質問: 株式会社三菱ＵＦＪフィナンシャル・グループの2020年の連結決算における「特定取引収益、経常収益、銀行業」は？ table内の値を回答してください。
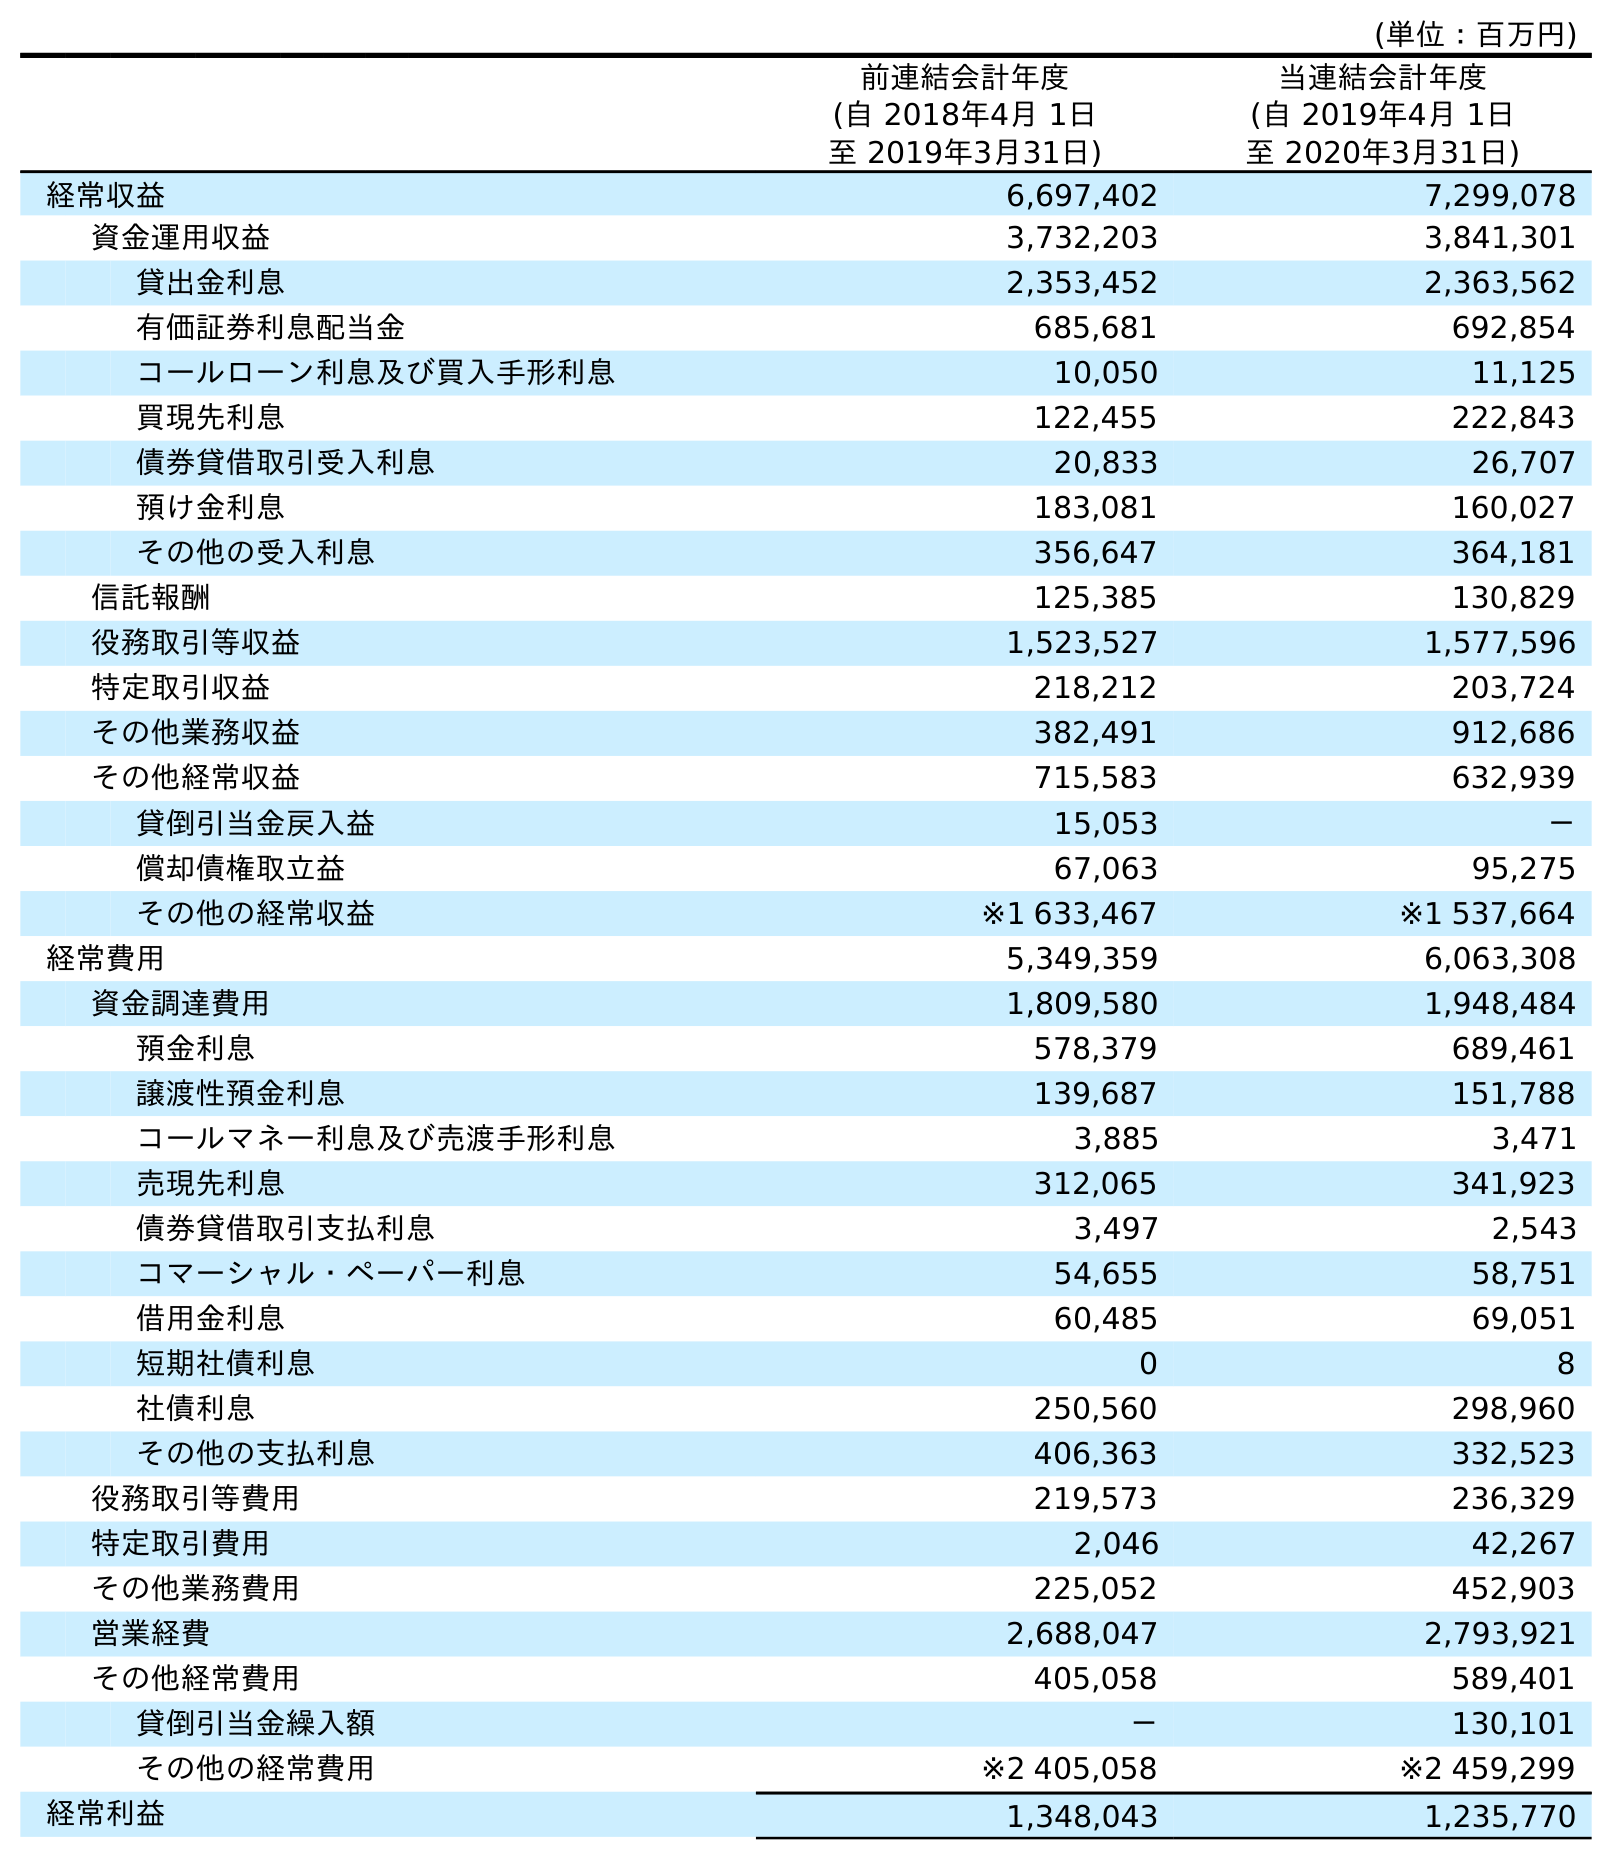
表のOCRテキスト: (単位：百万円) 前連結会計年度 (自 2018年4月 1日 至 2019年3月31日) 当連結会計年度 (自 2019年4月 1日 至 2020年3月31日) 経常収益 6,697,402 7,299,078 資金運用収益 3,732,203 3,841,301 貸出金利息 2,353,452 2,363,562 有価証券利息配当金 685,681 692,854 コールローン利息及び買入手形利息 10,050 11,125 買現先利息 122,455 222,843 債券貸借取引受入利息 20,833 26,707 預け金利息 183,081 160,027 その他の受入利息 356,647 364,181 信託報酬 125,385 130,829 役務取引等収益 1,523,527 1,577,596 特定取引収益 218,212 203,724 その他業務収益 382,491 912,686 その他経常収益 715,583 632,939 貸倒引当金戻入益 15,053 － 償却債権取立益 67,063 95,275 その他の経常収益 ※1 633,467 ※1 537,664 経常費用 5,349,359 6,063,308 資金調達費用 1,809,580 1,948,484 預金利息 578,379 689,461 譲渡性預金利息 139,687 151,788 コールマネー利息及び売渡手形利息 3,885 3,471 売現先利息 312,065 341,923 債券貸借取引支払利息 3,497 2,543 コマーシャル・ペーパー利息 54,655 58,751 借用金利息 60,485 69,051 短期社債利息 0 8 社債利息 250,560 298,960 その他の支払利息 406,363 332,523 役務取引等費用 219,573 236,329 特定取引費用 2,046 42,267 その他業務費用 225,052 452,903 営業経費 2,688,047 2,793,921 その他経常費用 405,058 589,401 貸倒引当金繰入額 － 130,101 その他の経常費用 ※2 405,058 ※2 459,299 経常利益 1,348,043 1,235,770
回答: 203,724